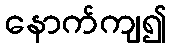
နောက်ကျ၍